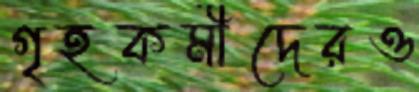
গৃহকর্মীদেরও